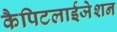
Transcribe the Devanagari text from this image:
कैपिटलाईजेशन